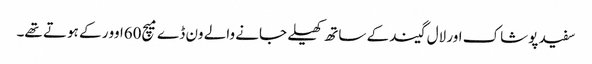
سفید پوشاک اور لال گیند کے ساتھ کھیلے جانے والے ون ڈے میچ60اوور کے ہوتے تھے۔